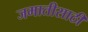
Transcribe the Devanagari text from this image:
जमातीसाठी